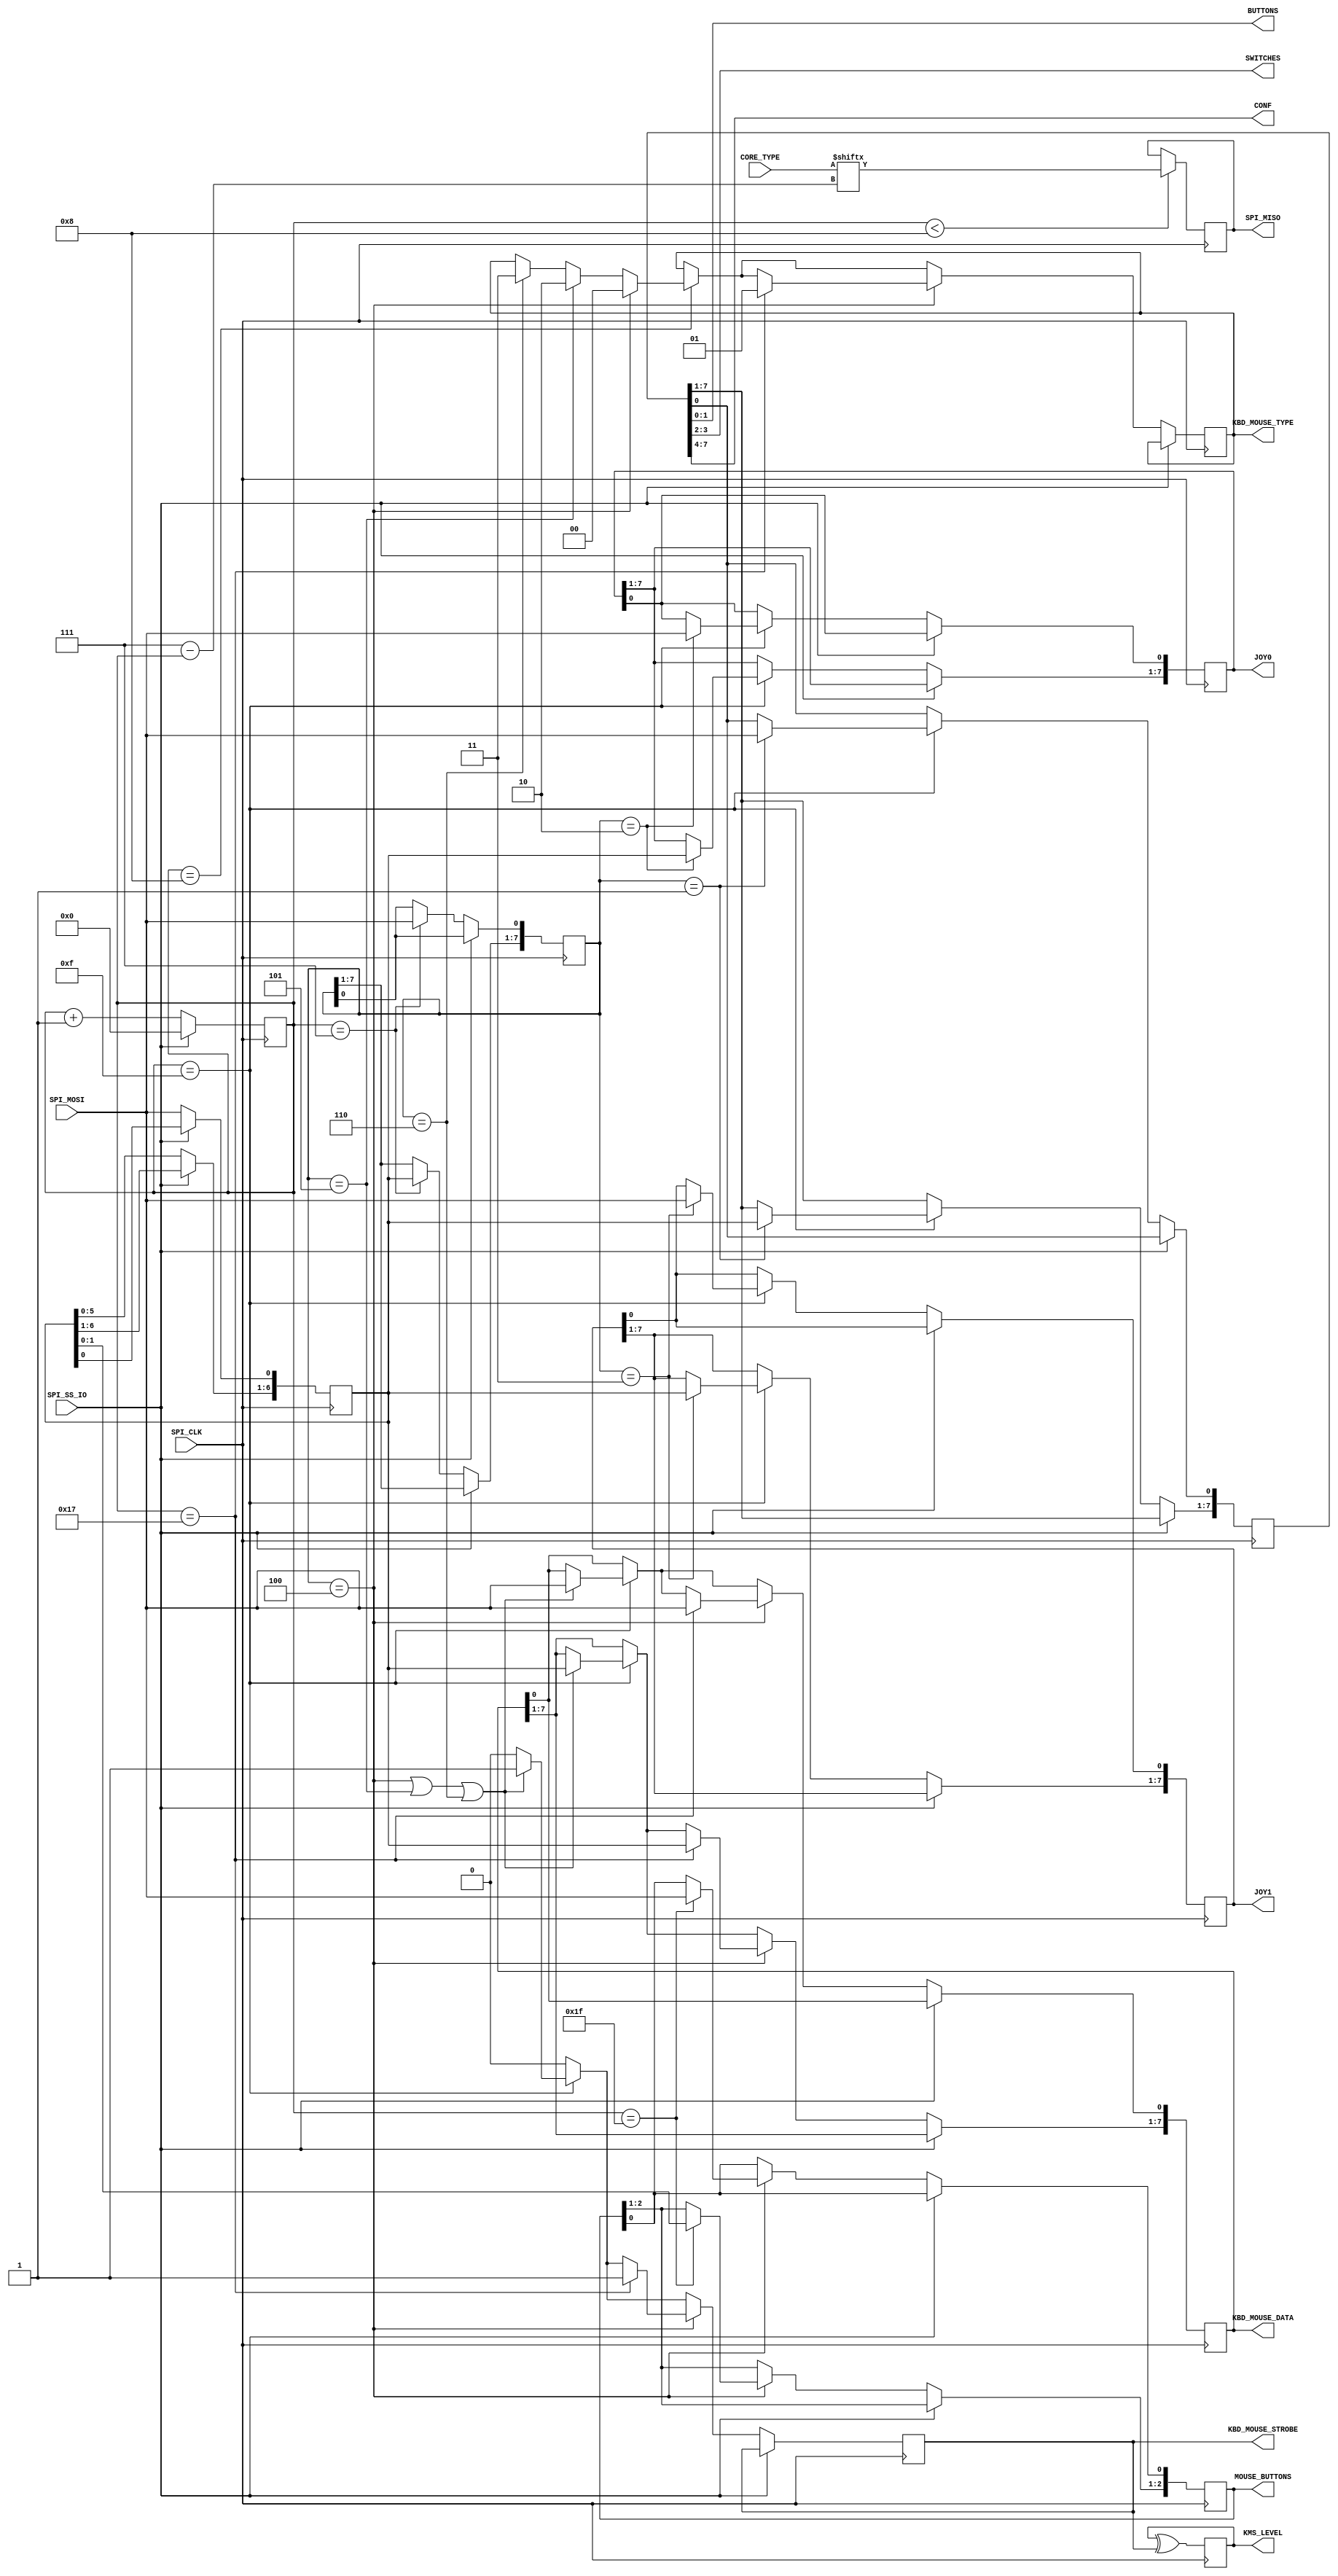
module user_io( 
	   input      SPI_CLK,
	   input      SPI_SS_IO,
	   output     reg SPI_MISO,
	   input      SPI_MOSI,
	   input [7:0] CORE_TYPE,

		output [7:0] JOY0,
		output [7:0] JOY1,

		output [2:0] MOUSE_BUTTONS,
		output       KBD_MOUSE_STROBE,
    output       KMS_LEVEL,
		output [1:0] KBD_MOUSE_TYPE,
		output [7:0] KBD_MOUSE_DATA,

		output [1:0] BUTTONS,
		output [1:0] SWITCHES,
    output [3:0] CONF
	   );

   reg [6:0]         sbuf;
   reg [7:0]         cmd;
   reg [5:0] 	      cnt;
   reg [7:0]         joystick0;
   reg [7:0]         joystick1;
   reg [7:0] 	      but_sw;

	 reg               kbd_mouse_strobe;
   reg               kbd_mouse_strobe_level;
   reg [1:0]         kbd_mouse_type;
   reg [7:0]         kbd_mouse_data;
   reg [2:0]         mouse_buttons;

	assign JOY0 = joystick0;
	assign JOY1 = joystick1;

	assign KBD_MOUSE_DATA = kbd_mouse_data; // 8 bit movement data
	assign KBD_MOUSE_TYPE = kbd_mouse_type; // 0=mouse x,1=mouse y, 2=keycode, 3=OSD kbd
	assign KBD_MOUSE_STROBE = kbd_mouse_strobe; // strobe, data valid on rising edge
  assign KMS_LEVEL = kbd_mouse_strobe_level; // level change of kbd_mouse_strobe
	assign MOUSE_BUTTONS = mouse_buttons; // state of the two mouse buttons

	assign BUTTONS  = but_sw[1:0];
	assign SWITCHES = but_sw[3:2];
  assign CONF     = but_sw[7:4];
   
   always@(negedge SPI_CLK) begin
      if(cnt < 8)
		  SPI_MISO <= CORE_TYPE[7-cnt];
	end
		
   always@(posedge SPI_CLK) begin
    kbd_mouse_strobe_level <= #1 kbd_mouse_strobe_level ^ kbd_mouse_strobe;
    
		if(SPI_SS_IO == 1) begin
        cnt <= 0;
		end else begin
			sbuf[6:1] <= sbuf[5:0];
			sbuf[0] <= SPI_MOSI;

			cnt <= cnt + 1;

	      if(cnt == 7) begin
			   cmd[7:1] <= sbuf; 
				cmd[0] <= SPI_MOSI;
		   end	

	      if(cnt == 8) begin
				if(cmd == 4)
				  kbd_mouse_type <= 2'b00;  // first mouse axis
				else if(cmd == 5)
				  kbd_mouse_type <= 2'b10;  // keyboard
		 		else if(cmd == 6)
				  kbd_mouse_type <= 2'b11;  // OSD keyboard	
		   end
				
			// strobe is set whenever a valid byte has been received
	      kbd_mouse_strobe <= 0;
	
				// first payload byte
	      if(cnt == 15) begin
			   if(cmd == 1) begin
					 but_sw[7:1] <= sbuf[6:0];
					 but_sw[0] <= SPI_MOSI; 
				end
			   if(cmd == 2) begin
					 joystick0[7:1] <= sbuf[6:0]; 
					 joystick0[0] <= SPI_MOSI; 
				end
			   if(cmd == 3) begin
					 joystick1[7:1] <= sbuf[6:0]; 
					 joystick1[0] <= SPI_MOSI; 
			   end
		           // mouse, keyboard or OSD
			   if((cmd == 4)||(cmd == 5)||(cmd == 6)) begin
					 kbd_mouse_data[7:1] <= sbuf[6:0]; 
					 kbd_mouse_data[0] <= SPI_MOSI; 
					 kbd_mouse_strobe <= 1;		
				end
			end	
			
			// mouse handling
			if(cmd == 4) begin

				// second byte contains movement data
				if(cnt == 23) begin
					 kbd_mouse_data[7:1] <= sbuf[6:0]; 
					 kbd_mouse_data[0] <= SPI_MOSI; 
					 kbd_mouse_strobe <= 1;		
					 kbd_mouse_type <= 2'b01;
				end
				
				// third byte contains the buttons
				if(cnt == 31) begin
					 mouse_buttons[2:1] <= sbuf[1:0]; 
					 mouse_buttons[0] <= SPI_MOSI; 
				end
			end
		end
	end

      
endmodule